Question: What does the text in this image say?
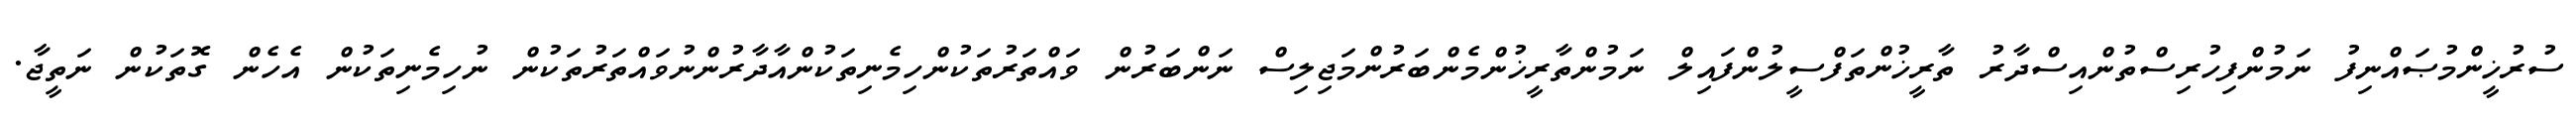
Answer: ސުރުޚީންމުޞައްނިފު ނަމުންފިހުރިސްތުންއިސްދާރު ތާރީޚުންތަފްސީލުންފައިލް ނަމުންތާރީޚުންމެންބަރުންމަޖިލިސް ނަންބަރުން ވައްތަރުތަކުންހިމެނިތަކުންއާދާރުންނުވައްތަރުތަކުން ނުހިމެނިތަކުން އެހެން ގޮތަކުން ނަތީޖާ.